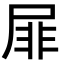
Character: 屝